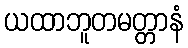
ယထာဘူတမတ္တာနံ